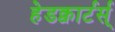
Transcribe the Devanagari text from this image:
हेडक्वार्टर्स्